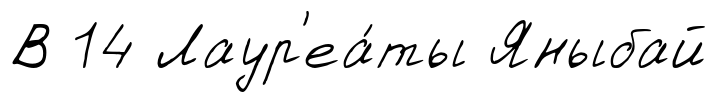
В 14 Лаур'еа́ты Яныбай